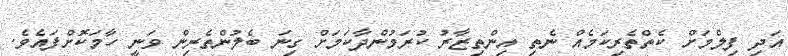
އަދި ފިލްމަށް ކެތްތެރިކަމެއް ނެތި އިންތިޒާރު ކުރަމުންދާކަމަށް ގިނަ ބެލުންތެރިން ވަނީ ހާމަކޮށްފައެވެ.